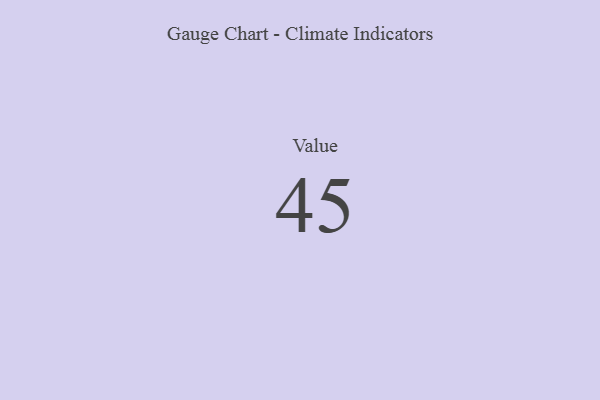
{"axis": {"x": "Metric", "y": "Value"}, "legend": [""], "data": [{"x": "Value", "y": 45, "type": ""}]}